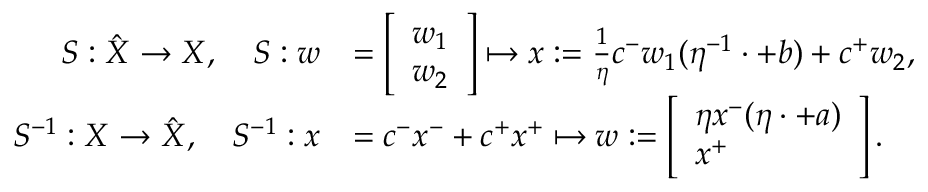
\begin{array} { r l } { S : \hat { X } \to X , \quad S : w } & { = \left[ \begin{array} { l } { w _ { 1 } } \\ { w _ { 2 } } \end{array} \right] \mapsto x : = \frac { 1 } \eta c ^ { - } w _ { 1 } ( \eta ^ { - 1 } \cdot + b ) + c ^ { + } w _ { 2 } , } \\ { S ^ { - 1 } : X \to \hat { X } , \quad S ^ { - 1 } : x } & { = c ^ { - } x ^ { - } + c ^ { + } x ^ { + } \mapsto w : = \left[ \begin{array} { l } { \eta x ^ { - } ( \eta \cdot + a ) } \\ { x ^ { + } } \end{array} \right] . } \end{array}